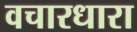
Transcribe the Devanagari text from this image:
वचारधारा